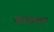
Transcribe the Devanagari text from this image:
वाहतां